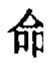
命